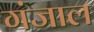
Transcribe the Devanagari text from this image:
गंजाल